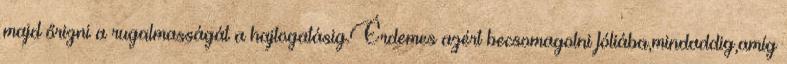
majd őrizni a rugalmasságát a hajtogatásig.Érdemes azért becsomagolni fóliába,mindaddig,amíg